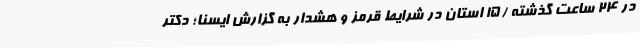
در 24 ساعت گذشته /15 استان در شرایط قرمز و هشدار به گزارش ایسنا؛ دکتر